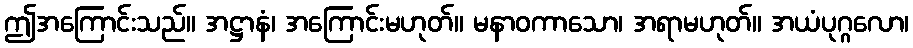
ဤအကြောင်းသည်။ အဋ္ဌာနံ၊ အကြောင်းမဟုတ်။ မနာဝကာသော၊ အရာမဟုတ်။ အယံပုဂ္ဂလော၊